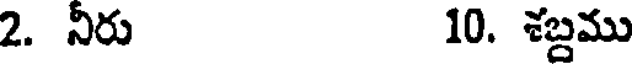
2. నీరు 10. శబ్దము